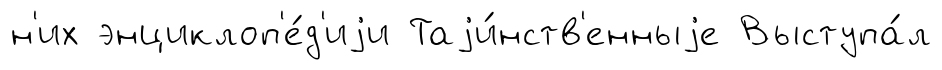
н'их энциклоп'е́д'иjи Таjи́нств'енныjе Выступа́л